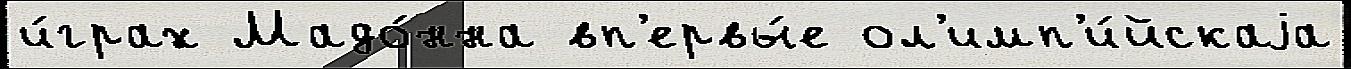
и́грах Мадо́нна вп'ервы́е ол'имп'и́йскаjа